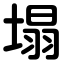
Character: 塌